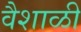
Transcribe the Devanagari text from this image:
वैशाळी